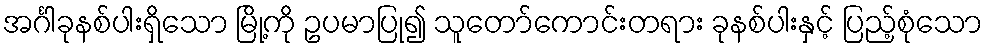
အင်္ဂါခုနစ်ပါးရှိသော မြို့ကို ဥပမာပြု၍ သူတော်ကောင်းတရား ခုနစ်ပါးနှင့် ပြည့်စုံသော